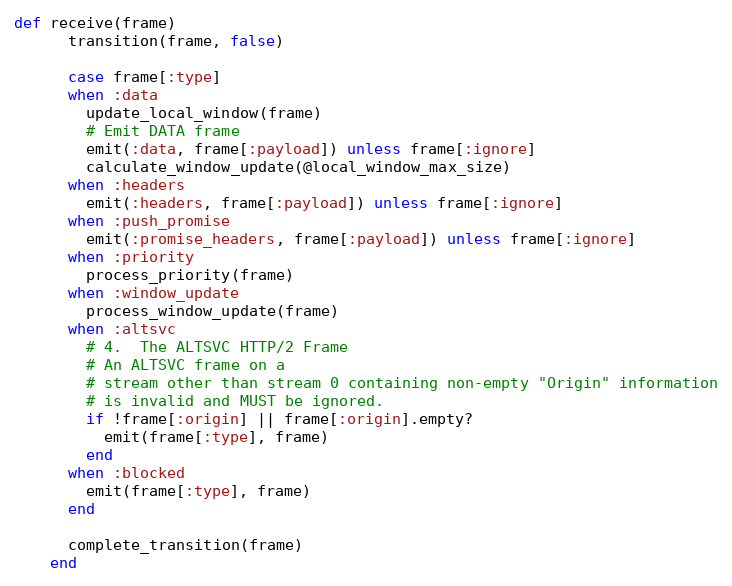
Language: Ruby
def receive(frame)
      transition(frame, false)

      case frame[:type]
      when :data
        update_local_window(frame)
        # Emit DATA frame
        emit(:data, frame[:payload]) unless frame[:ignore]
        calculate_window_update(@local_window_max_size)
      when :headers
        emit(:headers, frame[:payload]) unless frame[:ignore]
      when :push_promise
        emit(:promise_headers, frame[:payload]) unless frame[:ignore]
      when :priority
        process_priority(frame)
      when :window_update
        process_window_update(frame)
      when :altsvc
        # 4.  The ALTSVC HTTP/2 Frame
        # An ALTSVC frame on a
        # stream other than stream 0 containing non-empty "Origin" information
        # is invalid and MUST be ignored.
        if !frame[:origin] || frame[:origin].empty?
          emit(frame[:type], frame)
        end
      when :blocked
        emit(frame[:type], frame)
      end

      complete_transition(frame)
    end